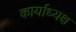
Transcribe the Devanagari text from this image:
कार्याध्‍यक्ष